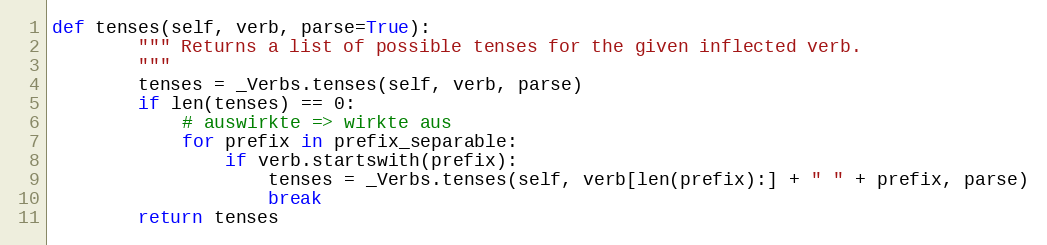
Language: Python
def tenses(self, verb, parse=True):
        """ Returns a list of possible tenses for the given inflected verb.
        """
        tenses = _Verbs.tenses(self, verb, parse)
        if len(tenses) == 0:
            # auswirkte => wirkte aus
            for prefix in prefix_separable:
                if verb.startswith(prefix):
                    tenses = _Verbs.tenses(self, verb[len(prefix):] + " " + prefix, parse)
                    break
        return tenses